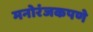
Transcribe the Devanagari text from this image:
मनोरंजकपणे